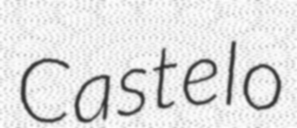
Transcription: Castelo